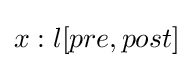
x:l[pre,post]